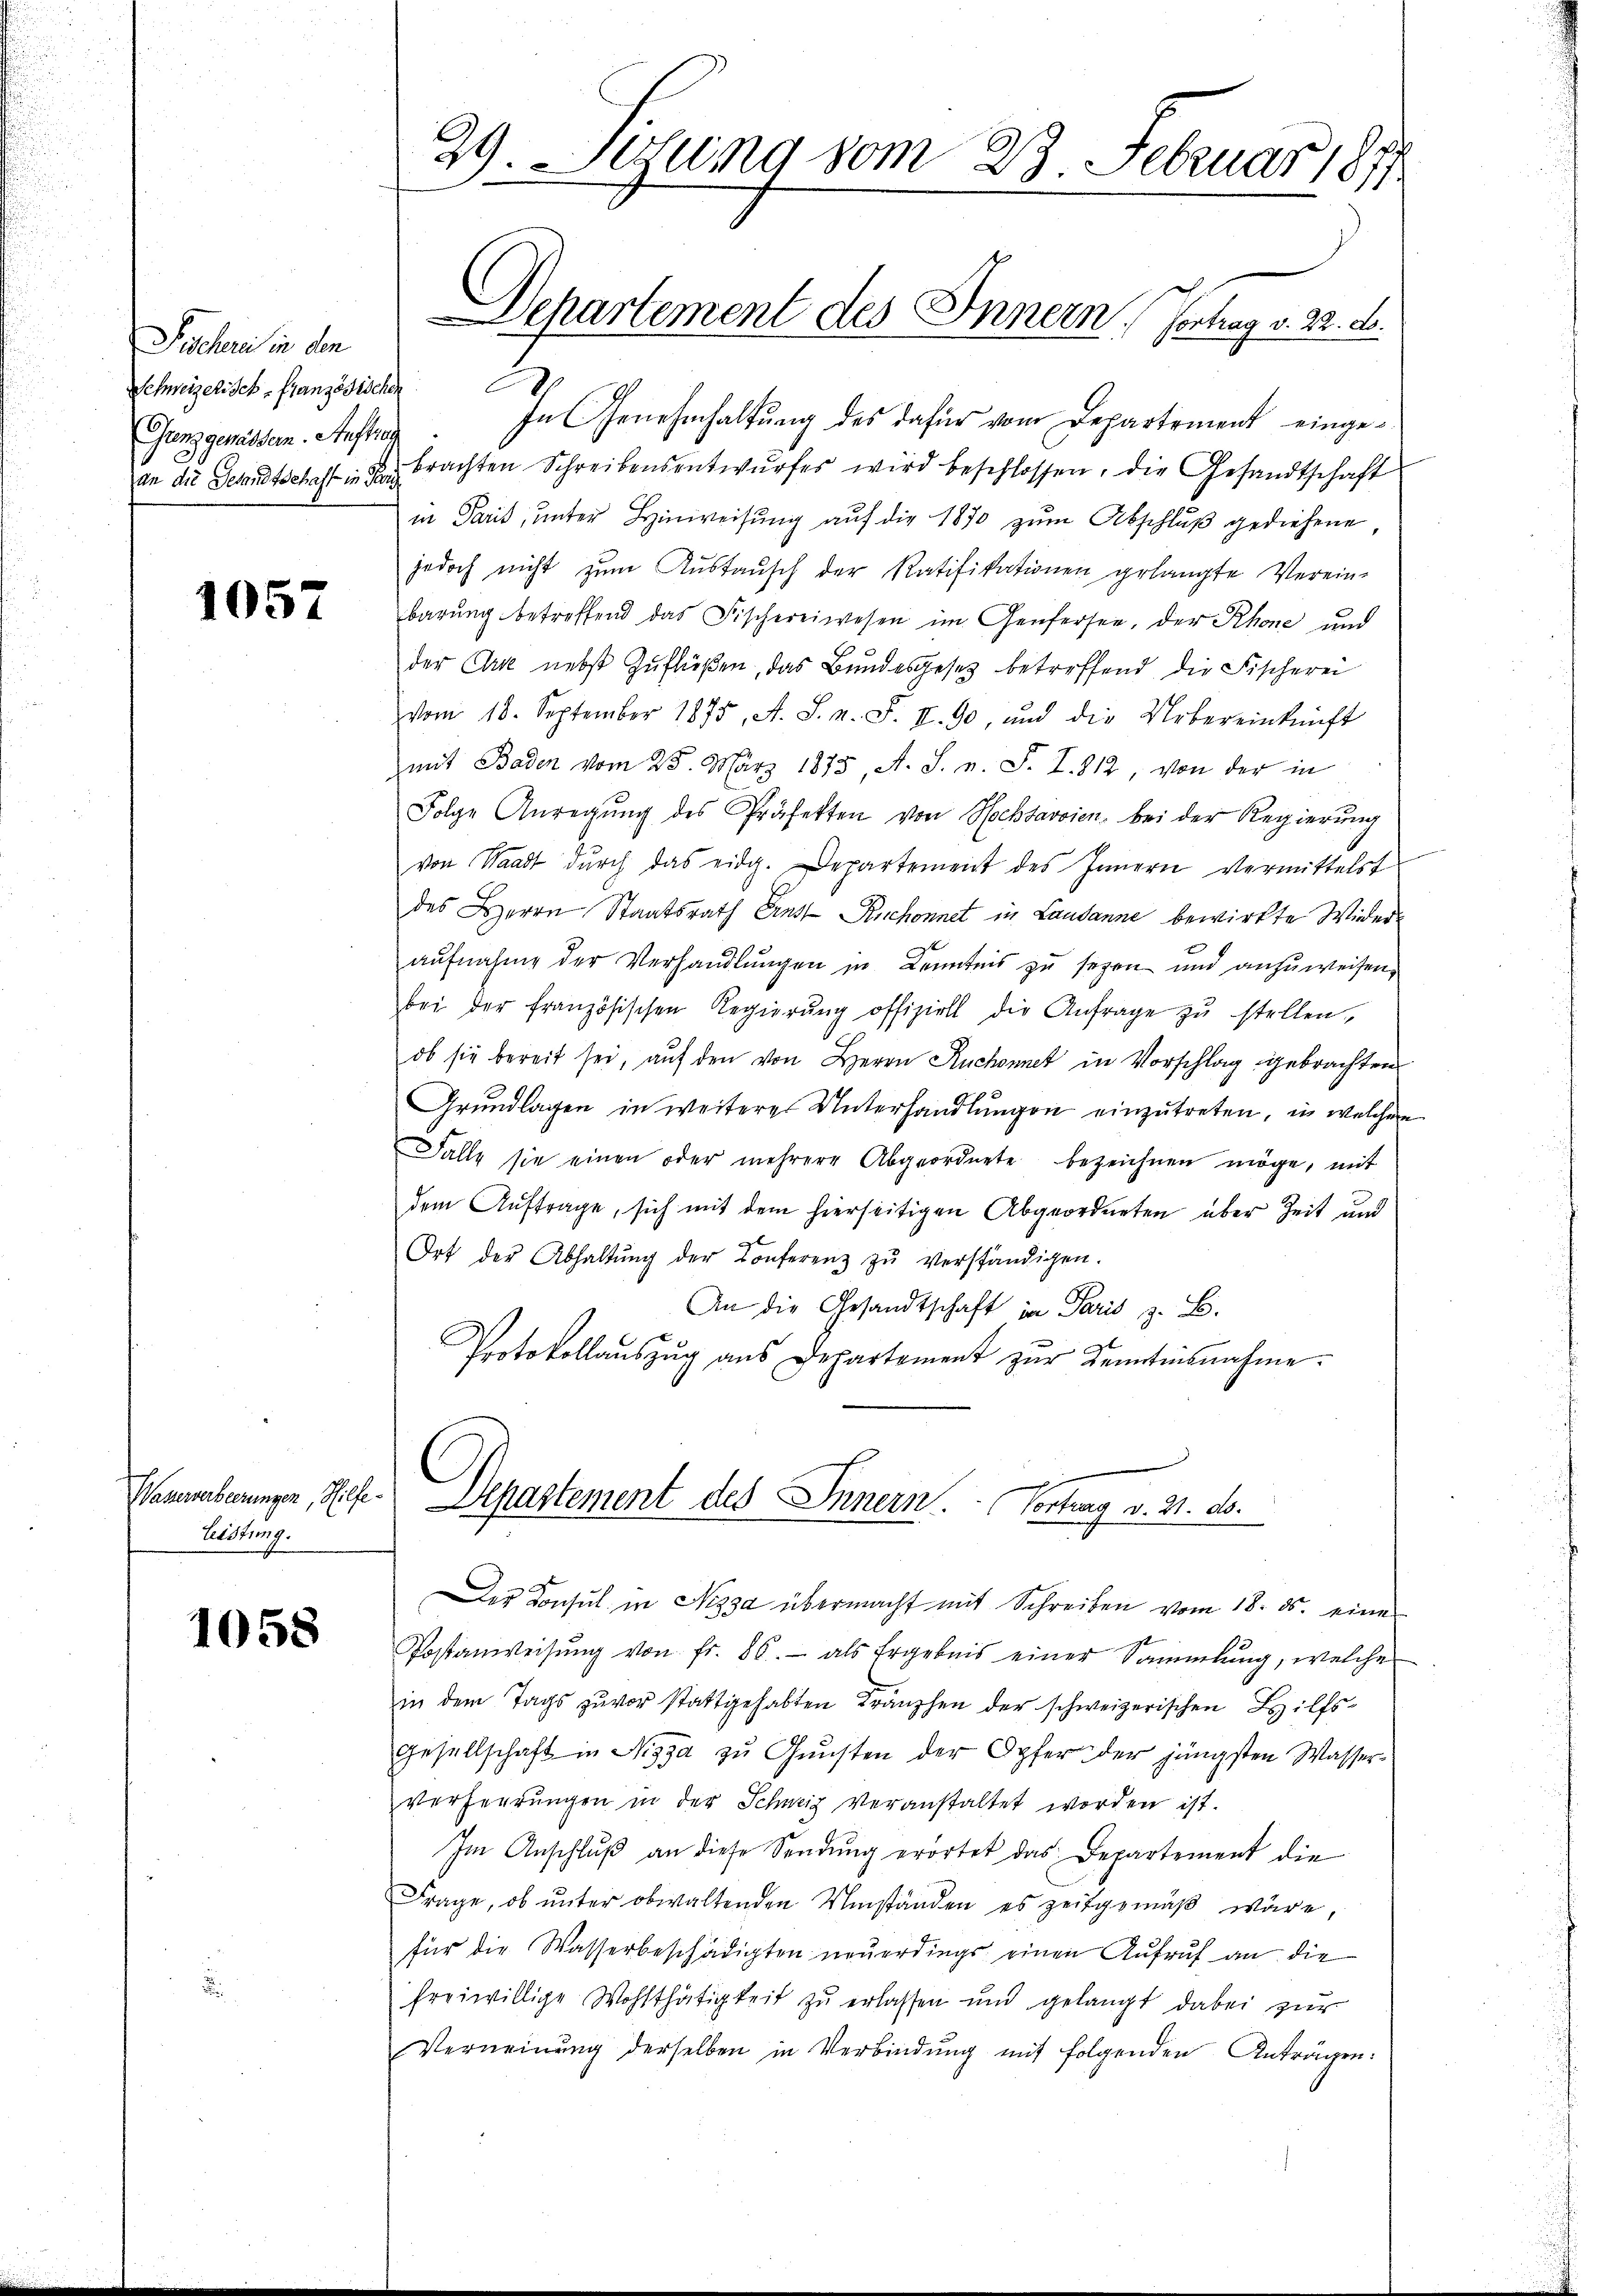
Pocher in dem
Ganz gewässen. Auftrag

1057

leistung.

1058

Schweizerisch, französisch In Genehmhaltung des dafür vom Departement eingean die Gesandtschaft in die brachten Schreibensentwŭrfes wird beschlossen, die Gesandtschaft
in Paris, unter Hinweisung auf die 1870 zum Abschluß gediehene
jedoch nicht zŭm Aŭstaŭsch der Ratifikationen gelangte Verein-
barŭng betreffend das Fischereiwesen im Genfersee, der Rhone und
der Arte nebst zuflüßen, das Bundesgesetz betreffend die Fischerei
vom 18. September 1875, A. S. n. F. II. 90, und die Uebereinkunft
mit Baden vom 25. März 1875, A. S. v. F. I. 812, von der in
Folge Anregŭng des Präfekten von Hochsavoien, bei der Regierŭng
von Waadt dŭrch das eidg. Departement des Innern vermittelst
des Herrn Staatsrath Ernst Ruchonnet in Lausanne bewirkte Wieder
aufnahme der Verhandlungen in Kenntnis zu seyen und anzuweisen,
bei der französischen Regierŭng offiziell die Anfrage zŭ stellen.
ob sie bereit sei, auf den von Herrn Ruchonnet in Vorschlag gebrachten
Grundlagen in weiterer Unterhandlungen einzutreten, in welcher
Falle sie einen oder mehrere Abgeordnete bezeichnen möge, mit
dem Auftrage, sich mit dem hierseitigen Abgeordneten über Zeit und
Ort der Abhaltŭng der Conferenz zŭ verständigen.
An die Gesandtschaft in Paris z. B.
Protokollauszug aus Departement zur Kenntnisnahme.

29. Jetung vom 23. Februar 1877

Separtement des Innern, Vortrag v. 22. d.

Wernenberungen, Ges. Departement des Innern. Vortrag v. 21. ds.

Der Konsul in Nizza übermacht mit Schreiben vom 18. ds. einer
Postanweisŭng von fr. 86. als Ergebnis einer Sammlung, welche
in dem Tags zuvor stattgehabten Kränzchen der schweizerischen Hilfs-
Gesellschaft in Nizza zu Gunsten der Opfer der jüngsten Wasser¬
Verferrŭngen in der Schweiz veranstaltet worden ist.
Im Anschlŭβ an diese Sendŭng erortet das Departement die
Frage, ob ŭnter obwaltenden Umständen es zeitgemäβ wäre,
für die Wasserbeschädigten neuerdings einen Aufruf an die
freiwillige Wohlthätigkeit zu erlassen und gelangt dabei zur
Verneinŭng derselben in Verbindŭng mit folgenden Antragen: